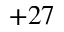
+ 2 7